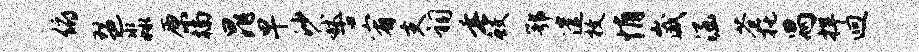
俯琶淼原楠晁早沙秫古宥支祠垂鲛鄂遣枚悄崴涵苍托舄捍迥